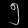
Digit: ၅